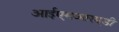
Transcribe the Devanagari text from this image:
आईएमआरएडी